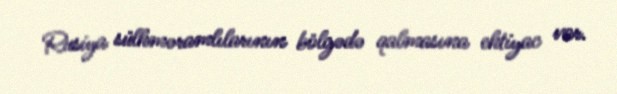
Rusiya sülhməramlılarının bölgədə qalmasına ehtiyac var.